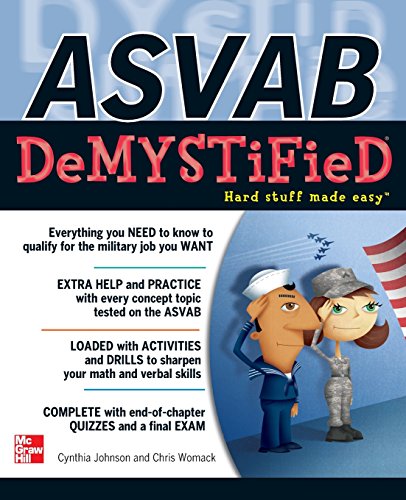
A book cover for ASVAB DeMYSTiFieD; Cynthia Johnson; Test Preparation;